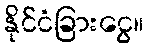
နိုင်ငံခြားငွေ။